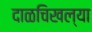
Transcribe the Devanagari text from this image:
दाळचिखल्या